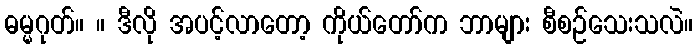
ဓမ္မဂုတ်။ ။ ဒီလို အပင့်လာတော့ ကိုယ်တော်က ဘာများ စီစဉ်သေးသလဲ။